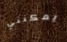
يمكنني